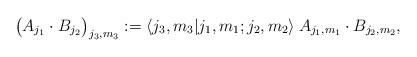
\begin{align*}\big( A_{j_1} \cdot B_{j_2} \big)_{j_3,m_3} := \langle j_3,m_3 | j_1,m_1;j_2,m_2 \rangle \: A_{j_1,m_1} \cdot B_{j_2,m_2},\end{align*}